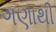
ગણાથી